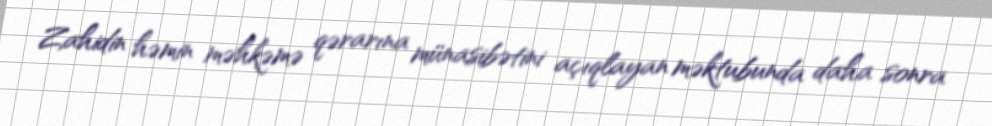
Zahidin həmin məhkəmə qərarına münasibətini açıqlayan məktubunda daha sonra